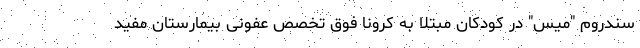
سندروم "میس" در کودکان مبتلا به کرونا فوق تخصص عفونی بیمارستان مفید